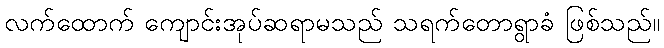
လက်ထောက် ကျောင်းအုပ်ဆရာမသည် သရက်တောရွာခံ ဖြစ်သည်။